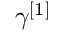
\gamma ^ { [ 1 ] }